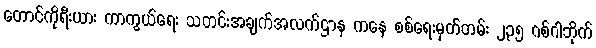
တောင်ကိုရီးယား ကာကွယ်ရေး သတင်းအချက်အလက်ဌာန ကနေ စစ်ရေးမှတ်တမ်း ၂၃၅ ဂစ်ဂါဘိုက်